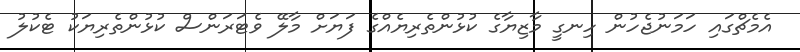
އެމެޗްގައި ހަމަނުޖެހުން ހިނގީ މާޒިޔާގެ ކުޅުންތެރިޔެއްގެ ފަޔަށް މާލޭ ވެޓަރަންސް ކުޅުންތެރިޔަކު ޓެކުލު